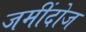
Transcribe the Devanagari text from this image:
जमींदोज